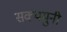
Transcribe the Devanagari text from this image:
सक्यमुनी